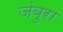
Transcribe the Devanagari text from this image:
जंबुरा